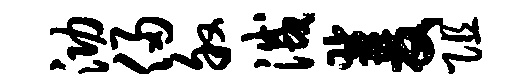
泐侵叙灭双阻